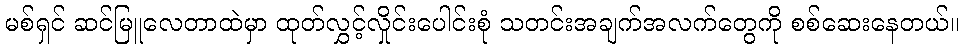
မစ်ရှင် ဆင်မြူလေတာထဲမှာ ထုတ်လွှင့်လှိုင်းပေါင်းစုံ သတင်းအချက်အလက်တွေကို စစ်ဆေးနေတယ်။